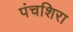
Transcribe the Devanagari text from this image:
पंचशिरा